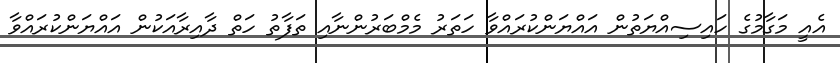
އެއީ މަގާމުގެ ހައިސިއްޔަތުން އައްޔަންކުރައްވާ ހަތަރު މެމްބަރުންނާއި ތަފާތު ހަތް ދާއިރާއަކުން އައްޔަންކުރައްވާ